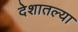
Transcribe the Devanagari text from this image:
देशातल्‍या